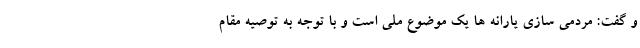
و گفت: مردمی سازی یارانه ها یک موضوع ملی است و با توجه به توصیه مقام